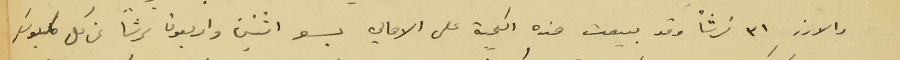
والارز ٣١ غرشاً وقد بيعت هذه الكمية على الاهالي بسعر اثنين واربعون غرشاً عن كل كيلو سكر